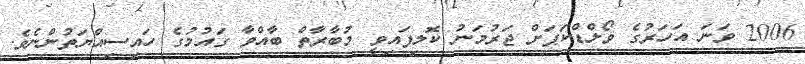
2006 ވަނަ އަހަރުގެ ވޯލްޑްކަޕަށް ޖަރުމަނު ކޮލިފައިވީ މުބާރާތް ބާއްވާ ގައުމުގެ ހައިސިއްޔަތުންނެވެ.